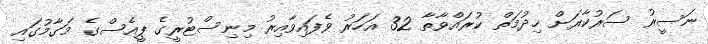
ނަސީރު ސަރުކާރަށް ޚިދުމަތް ކުރައްވާތާ 32 އަހަރު ވެފައިވާއިރު މިނިސްޓުރީގެ ޕީއެސްގެ މަގާމުގައި